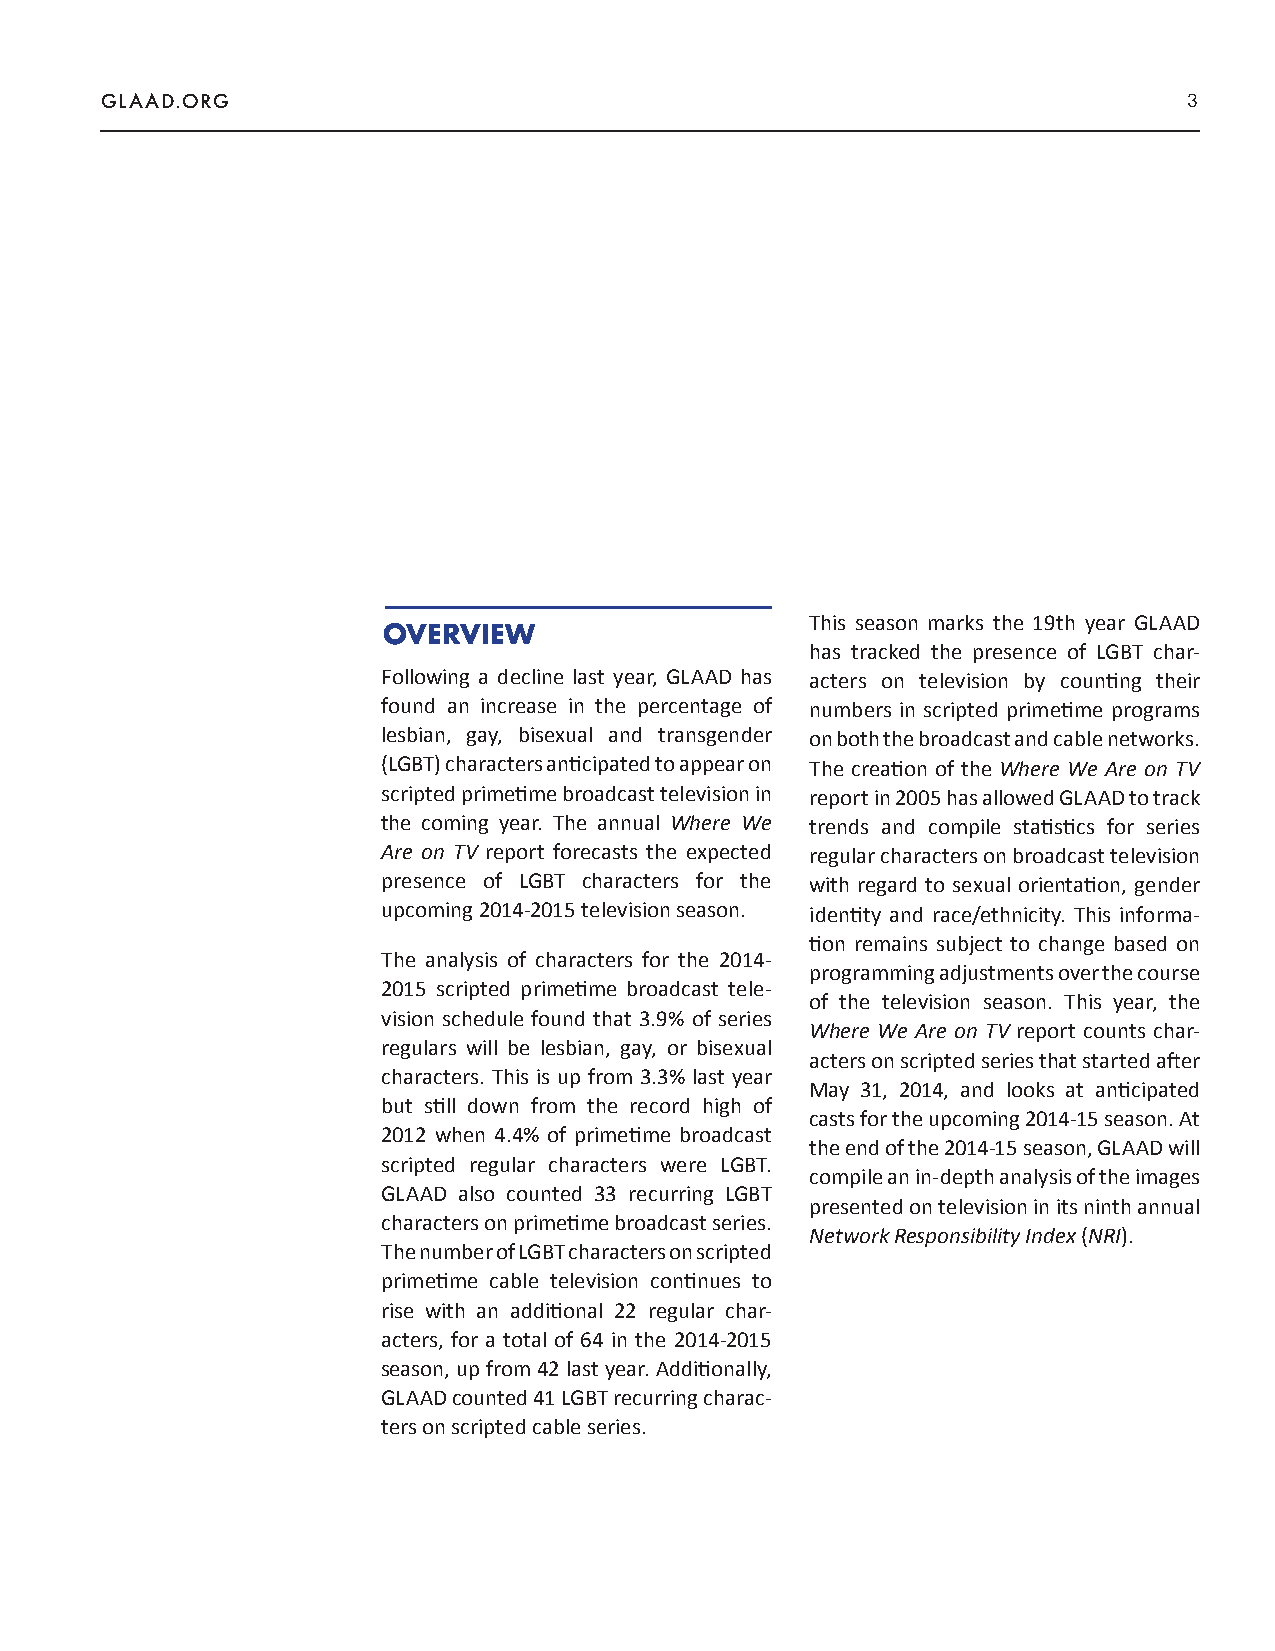
GLAAD.ORG                                                               3
 This season marks the 19th year GLAAD
 OVERVIEW
 has tracked the presence of LGBT char-
 Following a decline last year, GLAAD has acters on television by counting their
 found an increase in the percentage of numbers in scripted primetime programs
 lesbian, gay, bisexual and transgender on both the broadcast and cable networks.
 (LGBT) characters anticipated to appear on The creation of the Where We Are on TV
 scripted primetime broadcast television in report in 2005 has allowed GLAAD to track
 the coming year. The annual Where We trends and compile statistics for series
 Are on TV report forecasts the expected regular characters on broadcast television
 presence of LGBT characters for the with regard to sexual orientation, gender
 upcoming 2014-2015 television season. identity and race/ethnicity. This informa-
 tion remains subject to change based on
 The analysis of characters for the 2014-
 programming adjustments over the course
 2015 scripted primetime broadcast tele-
 of the television season. This year, the
 vision schedule found that 3.9% of series
 Where We Are on TV report counts char-
 regulars will be lesbian, gay, or bisexual
 acters on scripted series that started after
 characters. This is up from 3.3% last year
 May 31, 2014, and looks at anticipated
 but still down from the record high of
 casts for the upcoming 2014-15 season. At
 2012 when 4.4% of primetime broadcast
 the end of the 2014-15 season, GLAAD will
 scripted regular characters were LGBT.
 compile an in-depth analysis of the images
 GLAAD also counted 33 recurring LGBT
 presented on television in its ninth annual
 characters on primetime broadcast series.
 Network Responsibility Index (NRI).
 The number of LGBT characters on scripted
 primetime cable television continues to
 rise with an additional 22 regular char-
 acters, for a total of 64 in the 2014-2015
 season, up from 42 last year. Additionally,
 GLAAD counted 41 LGBT recurring charac-
 ters on scripted cable series.